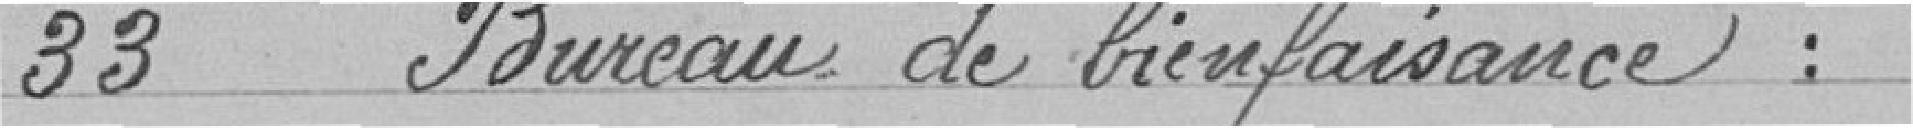
33 Bureau de bienfaisance :